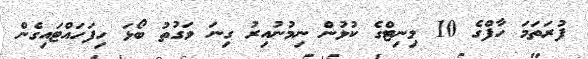
ފުރަތަމަ ހާފްގެ 10 މިނިޓްގެ ކުޅުން ނިމުނުއިރު ގިނަ ވަގުތު ބޯޅަ ހިފަހައްޓައިގެން